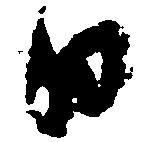
日